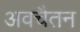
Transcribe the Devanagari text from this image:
अवचैतन